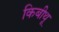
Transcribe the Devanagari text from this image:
किबीथू